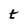
Character: t